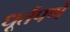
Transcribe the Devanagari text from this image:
धूर्तपणे